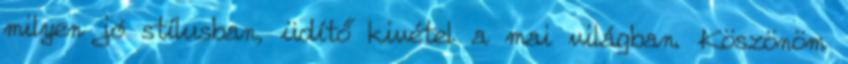
milyen jó stílusban, üdítő kivétel a mai világban. Köszönöm